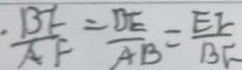
\cdot \frac { B F } { A F } = \frac { D E } { A B } = \frac { E F } { B F }